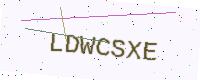
Text: LDWCSXE